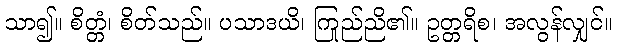
သာ၍။ စိတ္တံ၊ စိတ်သည်။ ပသာဒယိ၊ ကြည်ညို၏။ ဥတ္တရိစ၊ အလွန်လျှင်။